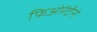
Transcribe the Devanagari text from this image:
फिओरेंटीनो